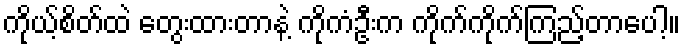
ကိုယ့်စိတ်ထဲ တွေးထားတာနဲ့ ကိုကံဦးက ကိုက်ကိုက်ကြည့်တာပေါ့။